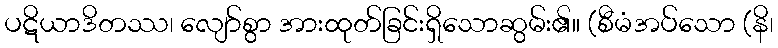
ပဋိယာဒိတဿ၊ လျော်စွာ အားထုတ်ခြင်းရှိသောဆွမ်း၏။ (စီမံအပ်သော (နိ၊